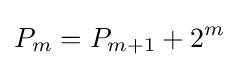
P_{m}=P_{m+1}+2^{m}